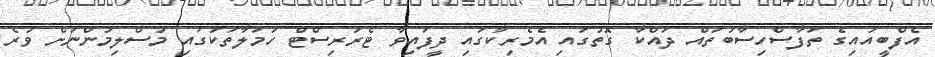
އެފްބީއައިގެ ތަފާސްހިސާބުތައް ދައްކާ ގޮތުގައި އެމެރިކާގައި ދީފައިވާ ޓެރަރިސްޓް ހަމަލާތަކުގައި މުސްލިމުންނަށް ވުރެ